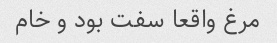
مرغ واقعا سفت بود و خام